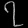
Digit: ၇